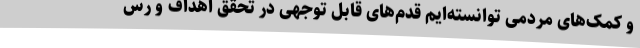
و کمک‌های مردمی توانسته‌ایم قدم‌های قابل توجهی در تحقق اهداف و رس